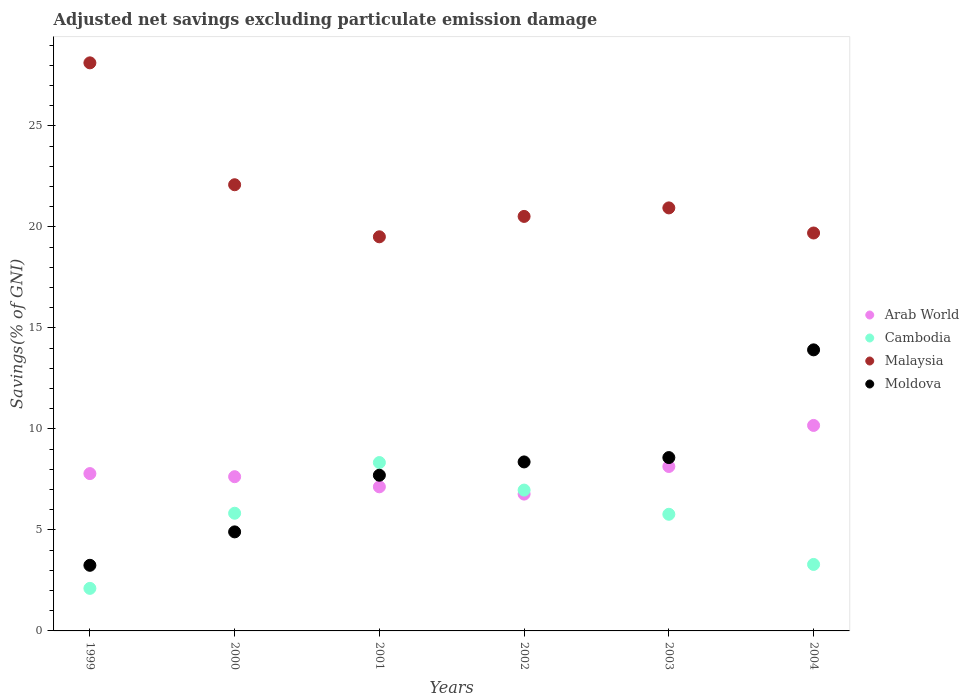
| Years | Arab World | Cambodia | Malaysia | Moldova |
 | --- | --- | --- | --- | --- |
 | 1999 | 7.79 | 2.11 | 28.1 | 3.25 |
 | 2000 | 7.63 | 5.82 | 22.1 | 4.9 |
 | 2001 | 7.13 | 8.33 | 19.5 | 7.71 |
 | 2002 | 6.77 | 6.97 | 20.5 | 8.37 |
 | 2003 | 8.14 | 5.77 | 20.9 | 8.58 |
 | 2004 | 10.2 | 3.29 | 19.7 | 13.9 |